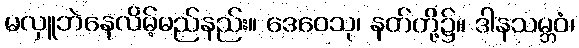
မလှူဘဲနေလိမ့်မည်နည်း။ ဒေဝေသု၊ နတ်တို့၌။ ဒါနသမ္ဘဝံ၊